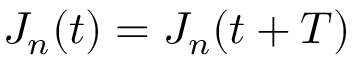
J _ { n } ( t ) = J _ { n } ( t + T )